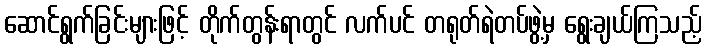
ဆောင်ရွက်ခြင်းများဖြင့် တိုက်တွန်းရာတွင် လက်ပင် တရုတ်ရဲတပ်ဖွဲ့မှ ရွေးချယ်ကြသည့်